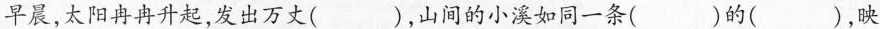
早晨，太阳冉冉升起，发出万丈( )，山间的小溪如同一条( )的( )，映